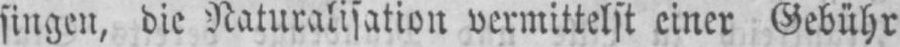
singen, die Naturalisation vermittelst einer Gebühr